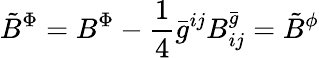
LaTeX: {\tilde{B}}^{\Phi}={B}^{\Phi}-\frac{1}{4}{\bar{g}}^{ij}B_{ij}^{\bar{g}}={\tilde{B}}^{\phi}